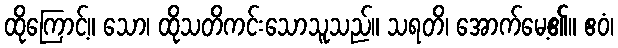
ထိုကြောင့်။ သော၊ ထိုသတိကင်းသောသူသည်။ သရတိ၊ အောက်မေ့၏။ ဧဝံ၊